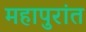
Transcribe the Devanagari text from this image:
महापुरांत